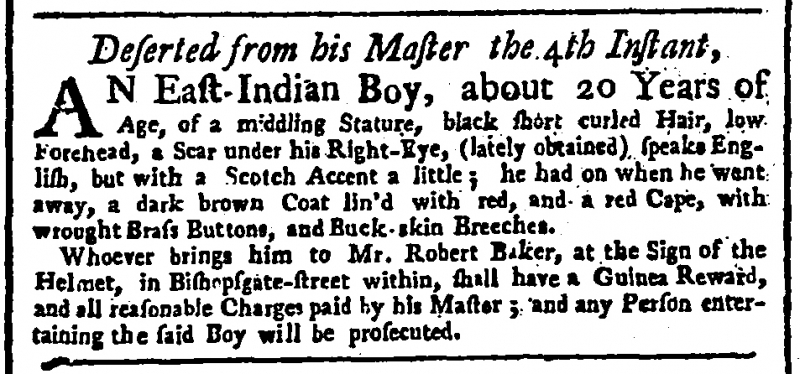
General Advertiser , 18 July 1751 (England)
Deserted from his Master the 4th Instant,  AN East-Indian Boy, about 20 Years of Age, of a middling Stature, black short curled Hair, low Forehead, a Scar under his Right-Eye, (lately obtained) speaks English, but with a Scotch Accent a little; he had on when he went away, a dark brown Coat lin’d with red, and a red Cape, with wrought Brass Buttons, and Buck-skin Breeches.   Whoever brings him to Mr. Robert Baker, at the Sign of the Helmet, in Bishopsgate-street within, shall have a Guinea Reward, and all reasonable Charges paid by his Master; and any Person entertaining the said Boy will be prosecuted.